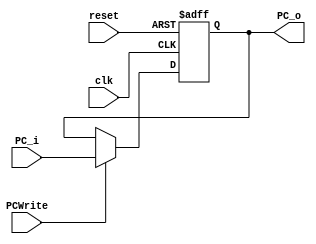
`timescale 1ns / 1ps
//////////////////////////////////////////////////////////////////////////////////
// Class: Fundamentals of Digital Logic and Processor
// Designer: Shulin Zeng
// 
// Design Name: MultiCycleCPU
// Module Name: PC
// Project Name: Multi-cycle-cpu
// Target Devices: 
// Tool Versions: 
// Description: 
// 
// Dependencies: 
// 
// Revision:
// Revision 0.01 - File Created
// Additional Comments:
// 
//////////////////////////////////////////////////////////////////////////////////

module PC(reset, clk, PCWrite, PC_i, PC_o);
    //Input Clock Signals
    input reset;             
    input clk;
    //Input Control Signals             
    input PCWrite;
    //Input PC             
    input [31:0] PC_i;
    //Output PC  
    output reg [31:0] PC_o; 


    always@(posedge reset or posedge clk)
    begin
        if(reset) begin
            PC_o <= 0;
        end else if (PCWrite) begin
            PC_o <= PC_i;
        end else begin
            PC_o <= PC_o;
        end
    end
endmodule